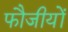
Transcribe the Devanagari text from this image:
फौजीयों